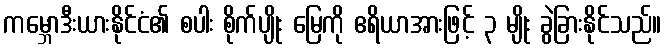
ကမ္ဘောဒီးယားနိုင်ငံ၏ စပါး စိုက်ပျိုး မြေကို ဧရိယာအားဖြင့် ၃ မျိုး ခွဲခြားနိုင်သည်။